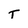
Character: T